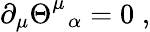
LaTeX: \begin{array}{r}{\partial_{\mu}\Theta_{\; \; \alpha}^{\mu}=0\; ,}\end{array}